Tezpur Lunatic Asylum reports 1877-1894 - 1877-1894
Year: 1877
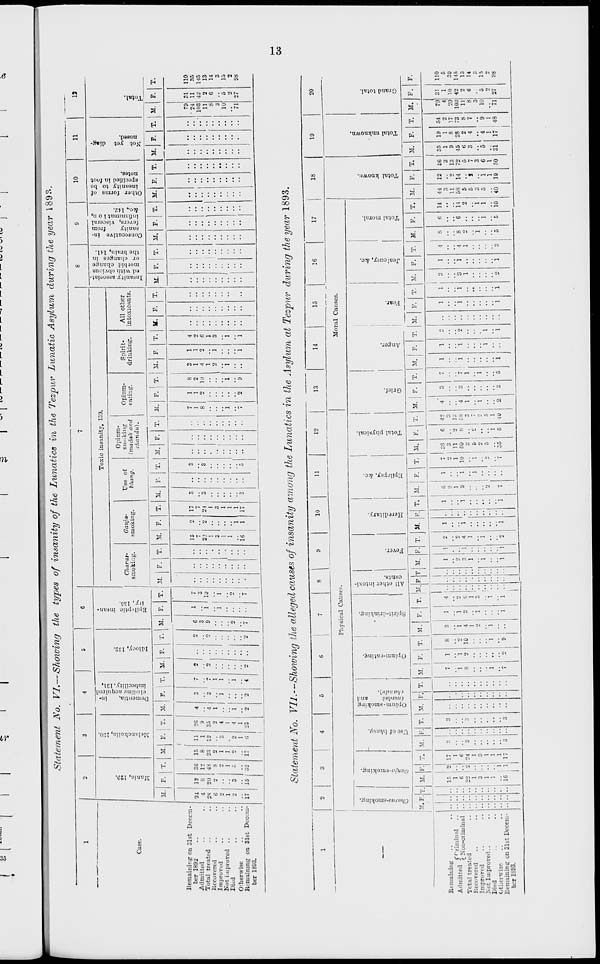
H
eg o 3
M E
SS^S'g'g ► *>
a, 5 ^ n « 5'
B' "a -? a a «>
8 gS.g,g e.
c
8
f 3.:
I'B.
>—.
to
.-•
K
_ w ' . '. '. '. to '. '. to
p
i—
IO
—■
-1 »-• ►-» _- OS .— *. 55 — -*t
M
CTirtra*-8moking,
ffan/a-sraoking.
Use of hhcDnj.
I
iS
—^—I (madak
and
p
H
H^ •
i-i •
CO *- <T. t0 »
kf*-
Opium-smoking
Opium-eating.
Spirit-drinking.
j
>-.' : — : - M ..i: -
• • • ' >_i; ' M
►a' : «: ~^. a : M
. . .
. .
I" 3
All other intoxi-
cimts.
Fever.
-.) . 13 • •-• • C f tO -1
i' aiM5ni:C'- t wn
CIM.
• t*> ■ cc to • c>
I" 3
Hereditary.
Epilepsy, &c.
c-nio-iwa i: -: to
to-
, - M*-. • *•.
»: : : «:
*.: M M-,: : -i
-:
: K-: : M
-
: -:
-: -
t ►s; : .o
::::::::::
,-: : : : : ,-: : _
»-.:
: _:
to •
|->C« • : u
-:
: ~: : M
►3
Total physical.
Grief.
*j
Anger.
o ■ otMOictaoMwi^
CMM. M • tt IO • to
O ^ O) W »t 5' W W « ft
t_> . ci • WftWOt-m
"3
Fear.
Jealousy, &c.
•n
*j
Total moral.
^jk-i^.
^WOOMH'J
.fa.
.
-1 —'
Cll
00 — CO •
-^ OC CO -1 tO »**
«
*J
Total known.
*i
o
S3
i
^
I
Co
©
4
cs,
C«>
Co
cv
CO
CO
S3
o
O
Total unknown.
H3
►3
.
ik —
eo
~l tO Gl ■
» t5 tC O H -
5S
o
ca
a
Ci"
Co
5r-
05,
e 3
I
<^3
Ob
Si
-2
CO
CO
Grand total.
?,l
a
g" i
t-5'=3
Pi*
D- r'SB2S.c-cr2
"* B 8 § & £'" E
*a. tcw^csjc^if
li . OH 10 TA CZ. ti O
C". •— U>
W ■ »o h- —
f* • f- 1 • • M tfk i ►*».
,o:
. »0 • M
to.
-.: , 3 : : ' • ©too
fa
:-;
H
f
trl
Mania, 12H.
M( lancliolin, 1*10.
Dementia,
In-
oladinK acquired
imbecility, 131,
i-3
Idiocy, 132.
Epileptic insan-
ity, 186.
•■
OS • M- " - »o ►-
: ;
►*: to
5M -H.
IO
!-■
w :
« w
:::::::::
M :
w
CO
:::::::::
-.: H!
00 -.-.
IO :
M M ^
B5> o a
B a
a«
I—. to i-< t
K-t •
M- •
CO t-« C75 tO *■
t=3
S.SSO
Ills*
c a = ?
g o
IT; §
5->
S o
K
«
Insanity associat'
ed with obvious
mot bid change
or changes in
the brain, 141.
Consecutive in-
sanity
from
fevers, visceral
inflammat ion,
&c, 142.
ftj
H
Otlier forms of
insanity to be
specified in foot
notes.
Not yet diag-
nosed.
Total.
^3
e3
^
90
^
Co
05
«<
^
01

.
X* '
9
CO
si
C5>
S3
CO
80
i
08